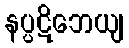
နပ္ပဋိဘေယျ